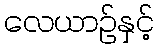
လေယာဉ်နှင့်